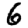
Digit: 6